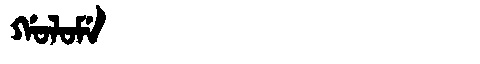
Manchu: ᡤᠣᠯᠣᠮᡝ
Romanization: GOLOME